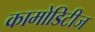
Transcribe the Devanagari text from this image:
कामोडिटीज